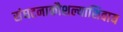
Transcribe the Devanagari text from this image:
संघटनाकौशल्याशिवाय